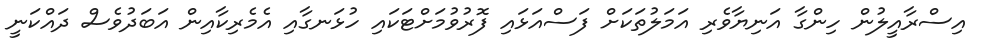
އިސްރާއީލުން ހިންގާ އަނިޔާވެރި އަމަލުތަކަށް ފަސްއަޅައި ފޮރުވުމަށްޓަކައި ހުޅަނގާއި އެމެރިކާއިން އަބަދުވެސް ދައްކަނީ